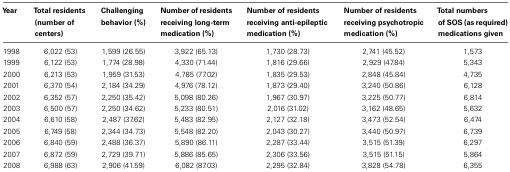
<table><thead><tr><td><b>Year</b></td><td><b>Total residents (number of centers)</b></td><td><b>Challenging behavior (%)</b></td><td><b>Number of residents receiving long-term medication (%)</b></td><td><b>Number of residents receiving anti-epileptic medication (%)</b></td><td><b>Number of residents receiving psychotropic medication (%)</b></td><td><b>Total numbers of SOS (as required) medications given</b></td></tr></thead><tbody><tr><td>1998</td><td>6,022 (53)</td><td>1,599 (26.55)</td><td>3,922 (65.13)</td><td>1,730 (28.73)</td><td>2,741 (45.52)</td><td>1,573</td></tr><tr><td>1999</td><td>6,122 (53)</td><td>1,774 (28.98)</td><td>4,330 (71.44)</td><td>1,816 (29.66)</td><td>2,929 (47.84)</td><td>5,343</td></tr><tr><td>2000</td><td>6,213 (53)</td><td>1,959 (31.53)</td><td>4,785 (77.02)</td><td>1,835 (29.53)</td><td>2,848 (45.84)</td><td>4,735</td></tr><tr><td>2001</td><td>6,370 (54)</td><td>2,184 (34.29)</td><td>4,976 (78.12)</td><td>1,873 (29.40)</td><td>3,240 (50.86)</td><td>6,128</td></tr><tr><td>2002</td><td>6,352 (57)</td><td>2,250 (35.42)</td><td>5,098 (80.26)</td><td>1,967 (30.97)</td><td>3,225 (50.77)</td><td>6,814</td></tr><tr><td>2003</td><td>6,500 (57)</td><td>2,250 (34.62)</td><td>5,233 (80.51)</td><td>2,016 (31.02)</td><td>3,162 (48.65)</td><td>5,632</td></tr><tr><td>2004</td><td>6,610 (58)</td><td>2,487 (37.62)</td><td>5,483 (82.95)</td><td>2,127 (32.18)</td><td>3,473 (52.54)</td><td>6,474</td></tr><tr><td>2005</td><td>6,749 (58)</td><td>2,344 (34.73)</td><td>5,548 (82.20)</td><td>2,043 (30.27)</td><td>3,440 (50.97)</td><td>6,739</td></tr><tr><td>2006</td><td>6,840 (59)</td><td>2,488 (36.37)</td><td>5,890 (86.11)</td><td>2,287 (33.44)</td><td>3,515 (51.39)</td><td>6,297</td></tr><tr><td>2007</td><td>6,872 (59)</td><td>2,729 (39.71)</td><td>5,886 (85.65)</td><td>2,306 (33.56)</td><td>3,515 (51.15)</td><td>5,864</td></tr><tr><td>2008</td><td>6,988 (63)</td><td>2,906 (41.59)</td><td>6,082 (87.03)</td><td>2,295 (32.84)</td><td>3,828 (54.78)</td><td>6,355</td></tr></tbody></table>